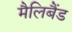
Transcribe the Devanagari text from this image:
मैलिबैंड